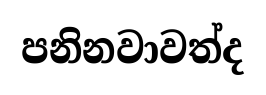
පනිනවාවත්ද